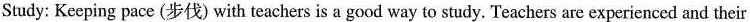
Study: Keeping pace (步伐) with teachers is a good way to study. Teachers are experienced and their